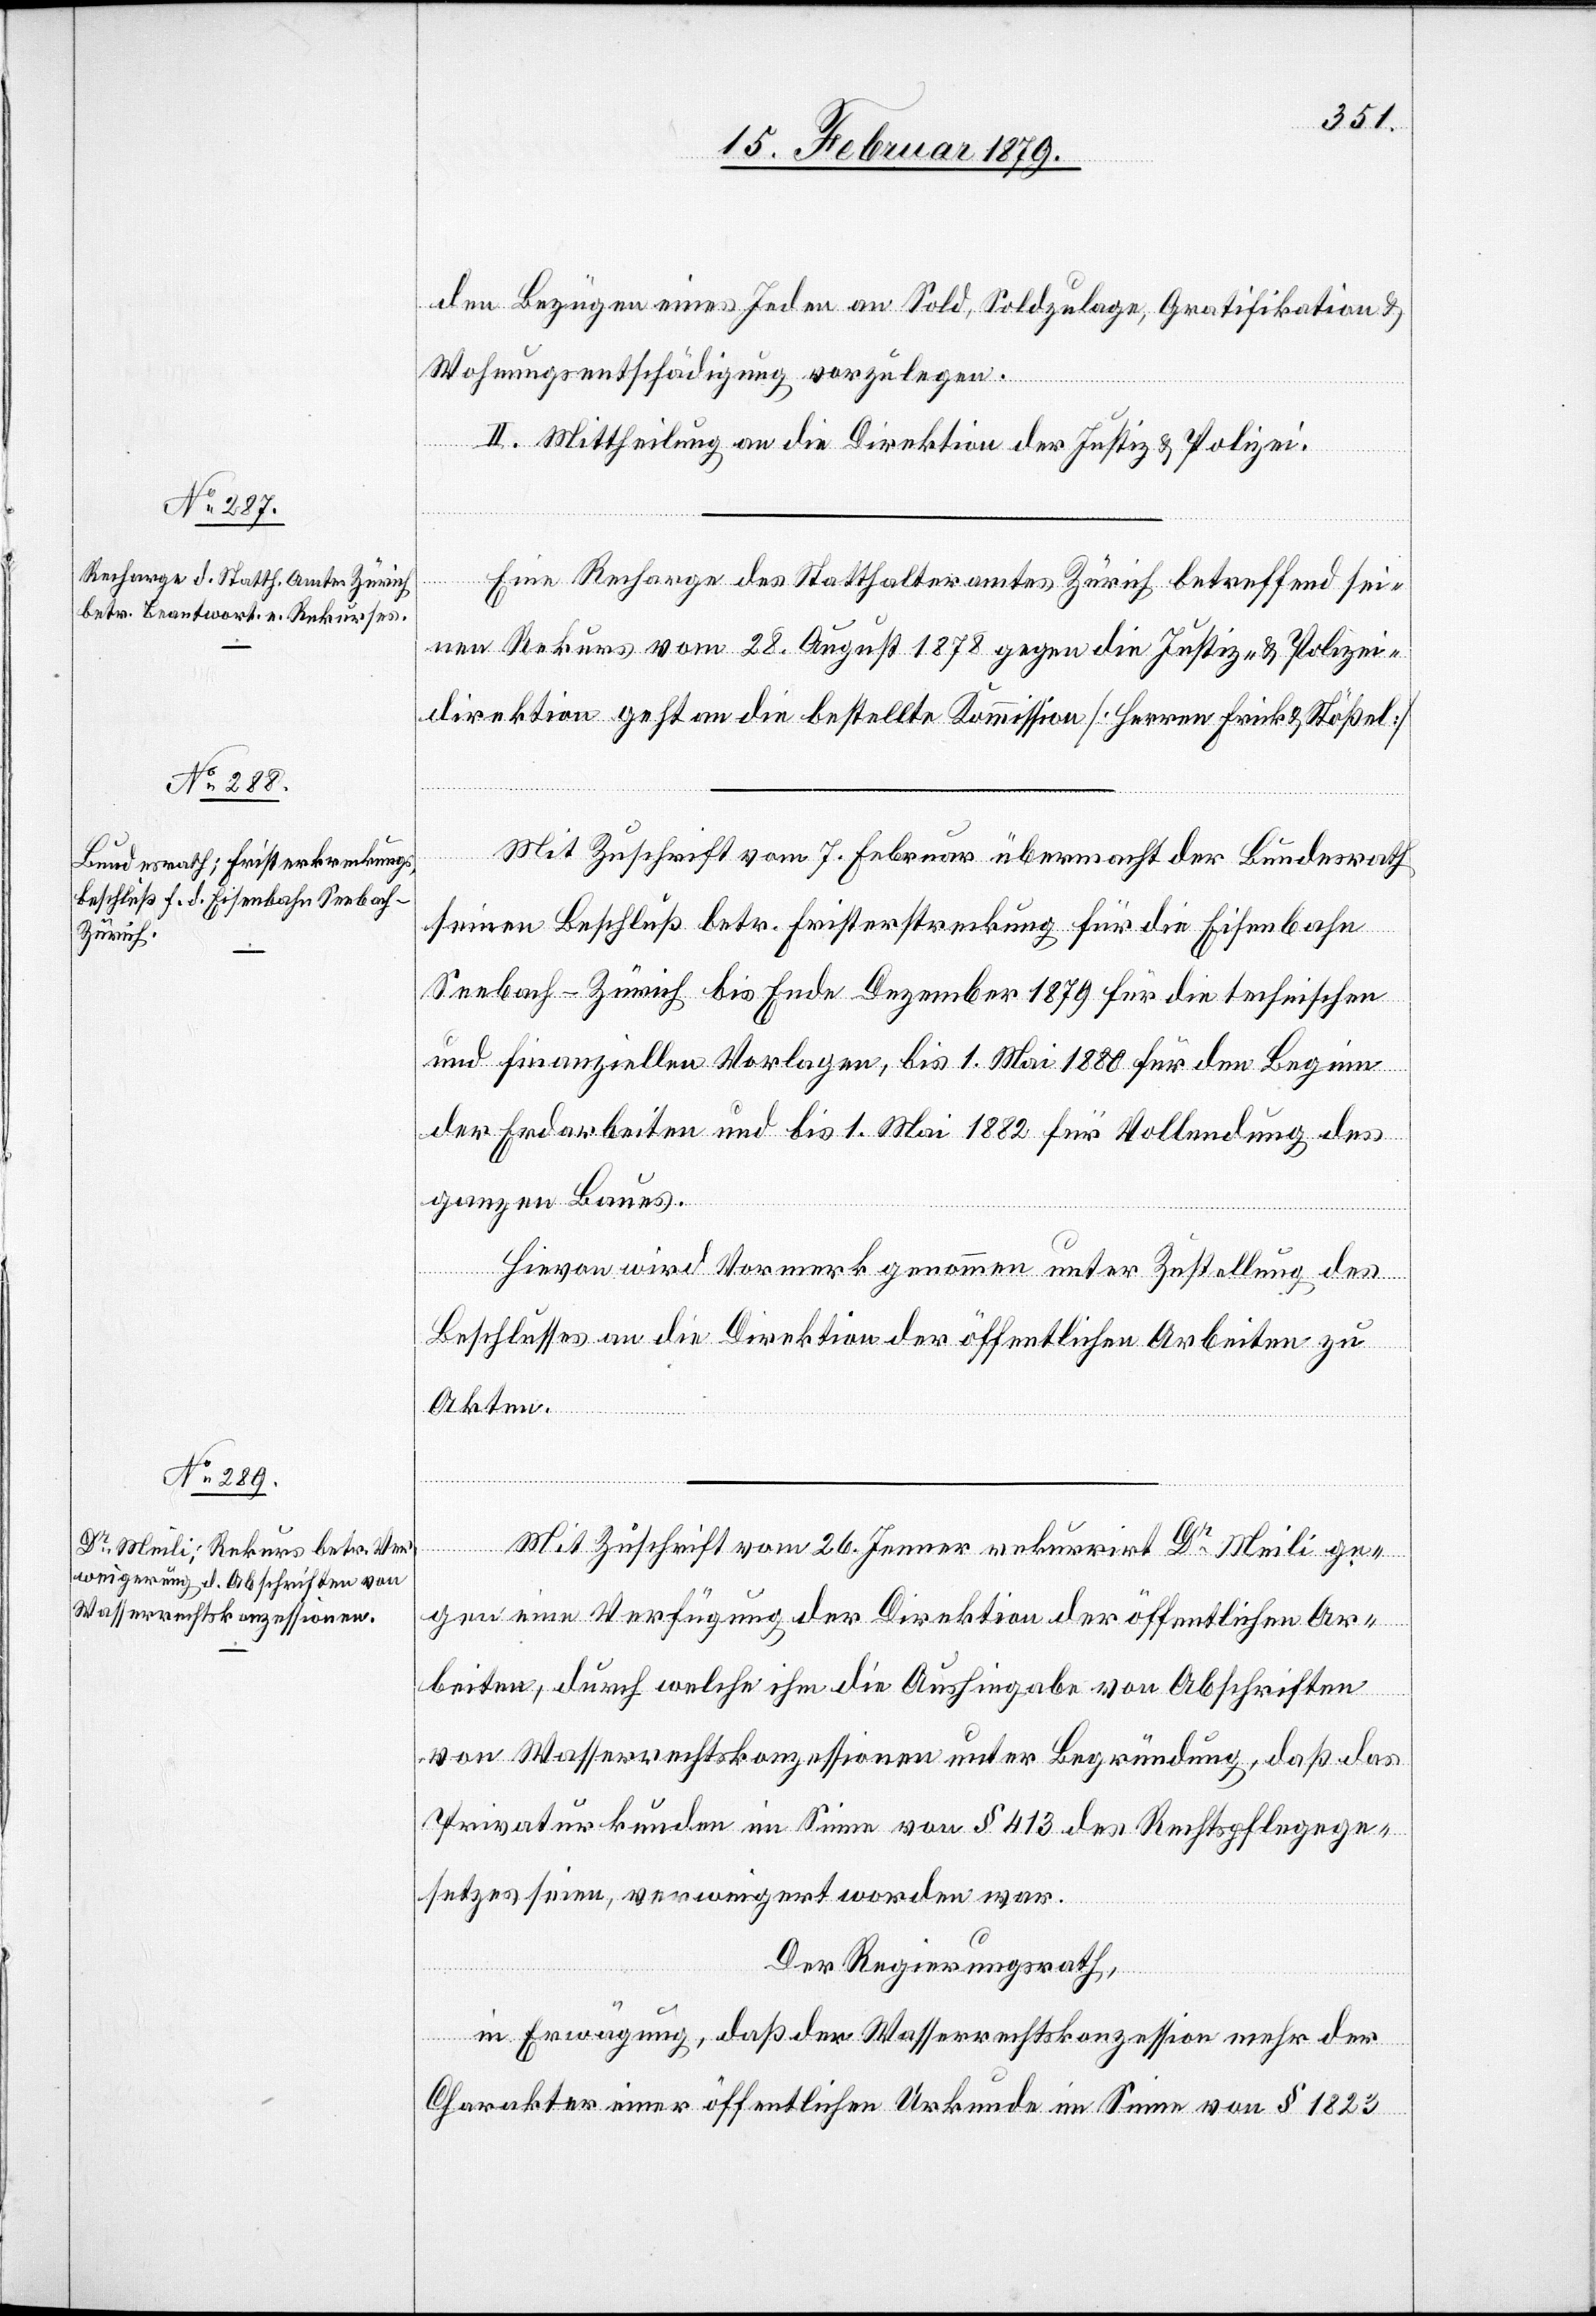
den Bezügen eines Jeden an Sold, Soldzulage, Gratifikation &
Wohnungsentschädigung vorzulegen.
II. Mittheilung an die Direktion der Justiz & Polizei.
Eine Recharge des Statthalteramtes Zürich betreffend sei¬
nen Rekurs vom 28. August 1878 gegen die Justiz- & Polizei¬
direktion geht an die bestellte Kommission [Herren Frick & Stößel].
Mit Zuschrift vom 7. Februar übermacht der Bundesrath
seinen Beschluß betr. Fristerstreckung für die Eisenbahn
Seebach–Zürich bis Ende Dezember 1879 für die technischen
und finanziellen Vorlagen, bis 1. Mai 1880 für den Beginn
der Erdarbeiten und bis 1. Mai 1882 für Vollendung des
ganzen Baues.
Hievon wird Vormerk genommen unter Zustellung des
Beschlusses an die Direktion der öffentlichen Arbeiten zu
Akten
gegen eine Verfügung der Direktion der öffentlichen Ar¬
beiten, durch welche ihm die Aushingabe von Abschriften
von Wasserrechtskonzessionen unter Begründung, daß das
Privaturkunden im Sinne von § 413 des Rechtspflegege¬
setzes seien, verweigert worden war.
Der Regierungsrath,
in Erwägung, daß der Wasserrechtskonzession mehr der
Charakter einer öffentlichen Urkunde im Sinne von § 1823